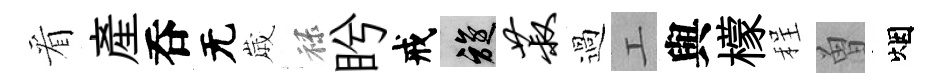
看産呑无𡻕禄盻戒旋菽過工與檬程曽烟